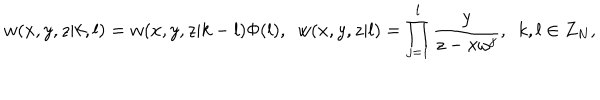
w ( x , y , z | k , l ) = w ( x , y , z | k - l ) \Phi ( l ) , ~ ~ w ( x , y , z | l ) = \prod _ { j = 1 } ^ { l } \frac { y } { z - x \omega ^ { j } } , ~ ~ k , l \in Z _ { N } ,